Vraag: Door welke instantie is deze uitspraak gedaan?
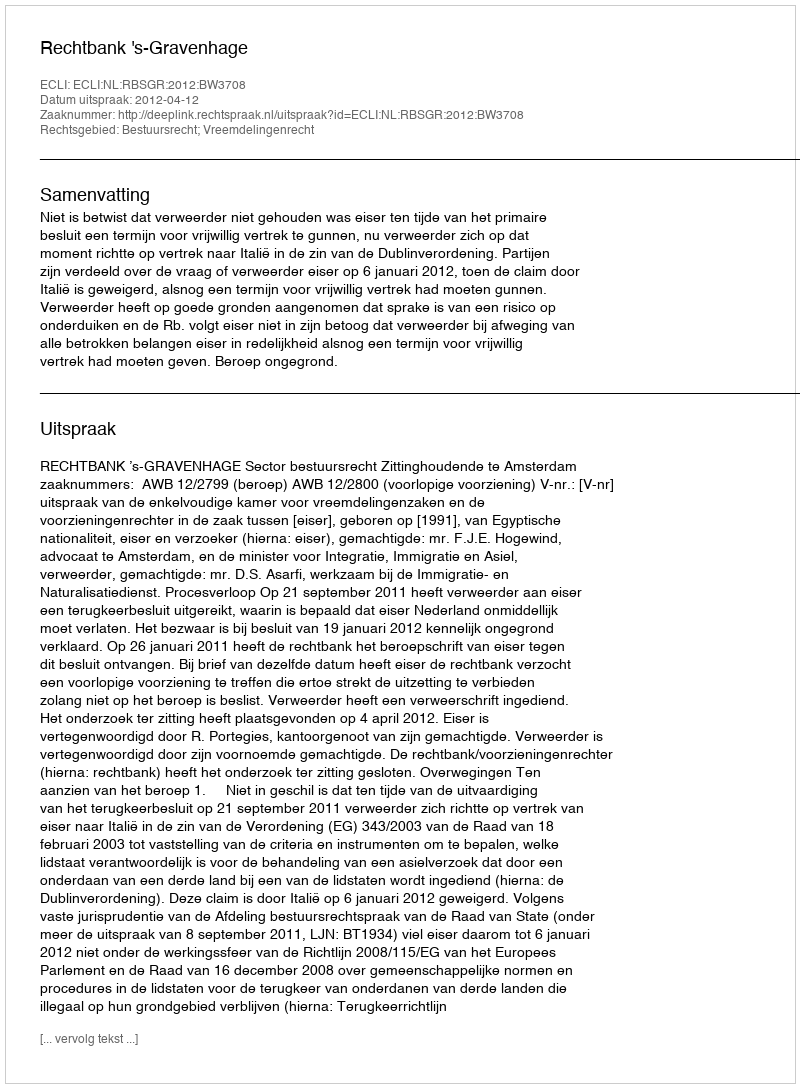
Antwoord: Rechtbank 's-Gravenhage